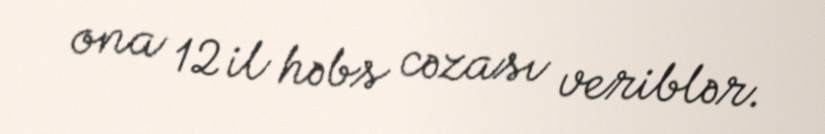
ona 12 il həbs cəzası veriblər.